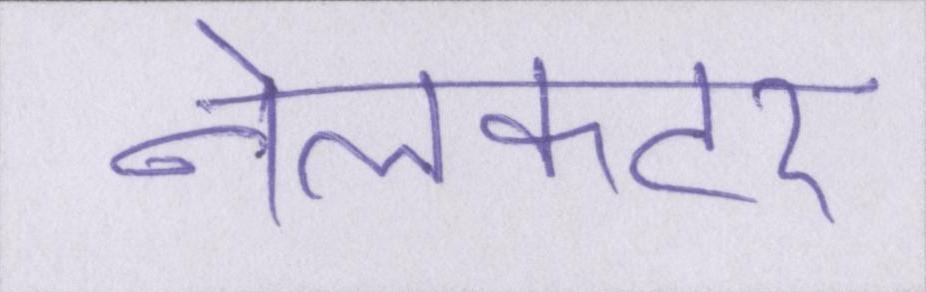
नेलकटर